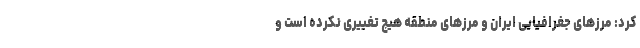
کرد: مرزهای جغرافیایی ایران و مرزهای منطقه هیچ تغییری نکرده است و